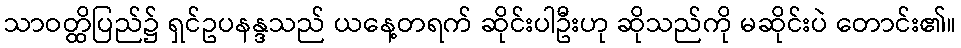
သာဝတ္ထိပြည်၌ ရှင်ဥပနန္ဒသည် ယနေ့တရက် ဆိုင်းပါဦးဟု ဆိုသည်ကို မဆိုင်းပဲ တောင်း၏။